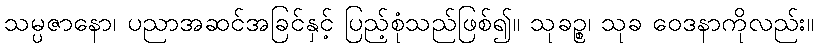
သမ္ပဇာနော၊ ပညာအဆင်အခြင်နှင့် ပြည့်စုံသည်ဖြစ်၍။ သုခဉ္စ၊ သုခ ဝေဒနာကိုလည်း။